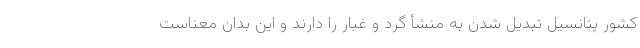
کشور پتانسیل تبدیل شدن به منشأ گرد و غبار را دارند و این بدان معناست